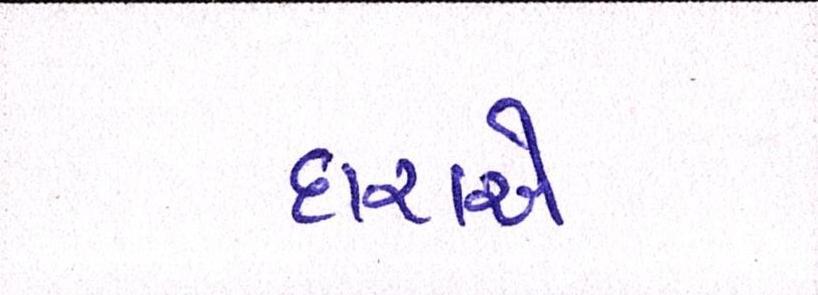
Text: દારાએ